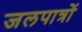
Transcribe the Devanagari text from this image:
जलपात्रों